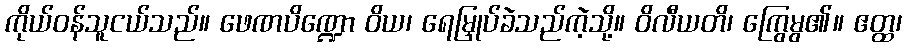
ကိုယ်ဝန်သူငယ်သည်။ ဖေဏပိဏ္ဍော ဝိယ၊ ရေမြှုပ်ခဲသည်ကဲ့သို့။ ဝိလီယတိ၊ ကြွေမွ၏။ ဧတ္ထ၊